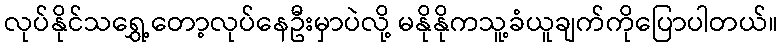
လုပ်နိုင်သရွှေ့တော့လုပ်နေဦးမှာပဲလို့ မနိုနိုကသူ့ခံယူချက်ကိုပြောပါတယ်။